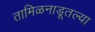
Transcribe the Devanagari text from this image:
तामिळनाडूतल्या